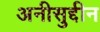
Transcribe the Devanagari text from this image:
अनीसुद्दीन